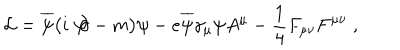
LaTeX: { \cal L } = \overline { { { \psi } } } \bigl ( i \not { { \hspace { - . 0 8 c m } } \partial } - m \bigr ) \psi - e \overline { { { \psi } } } \gamma _ { \mu } \psi A ^ { \mu } - { \frac { 1 } { 4 } } F _ { \mu \nu } F ^ { \mu \nu } \; ,